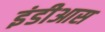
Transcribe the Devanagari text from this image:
इंडीआस